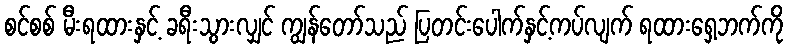
စင်စစ် မီးရထားနှင့် ခရီးသွားလျှင် ကျွန်တော်သည် ပြတင်းပေါက်နှင့်ကပ်လျက် ရထားရှေ့ဘက်ကို